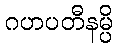
ဂဟပတီနမ္ပိ